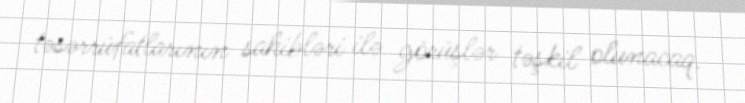
təsərrüfatlarının sahibləri ilə görüşlər təşkil olunacaq.